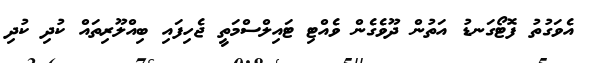
އެވަގުތު ފޮޓޯގަނޑު އަތުން ދޫވެގެން ވެއްޓި ޓައިލްސްމަތީ ޖެހިފައި ބިއްލޫރިތައް ކުދި ކުދި